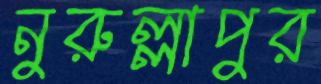
নুরুল্লাপুর